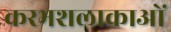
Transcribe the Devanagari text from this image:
करभशलाकाओं